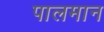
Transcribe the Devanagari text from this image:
पालमान